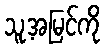
သူ့အမြင်ကို